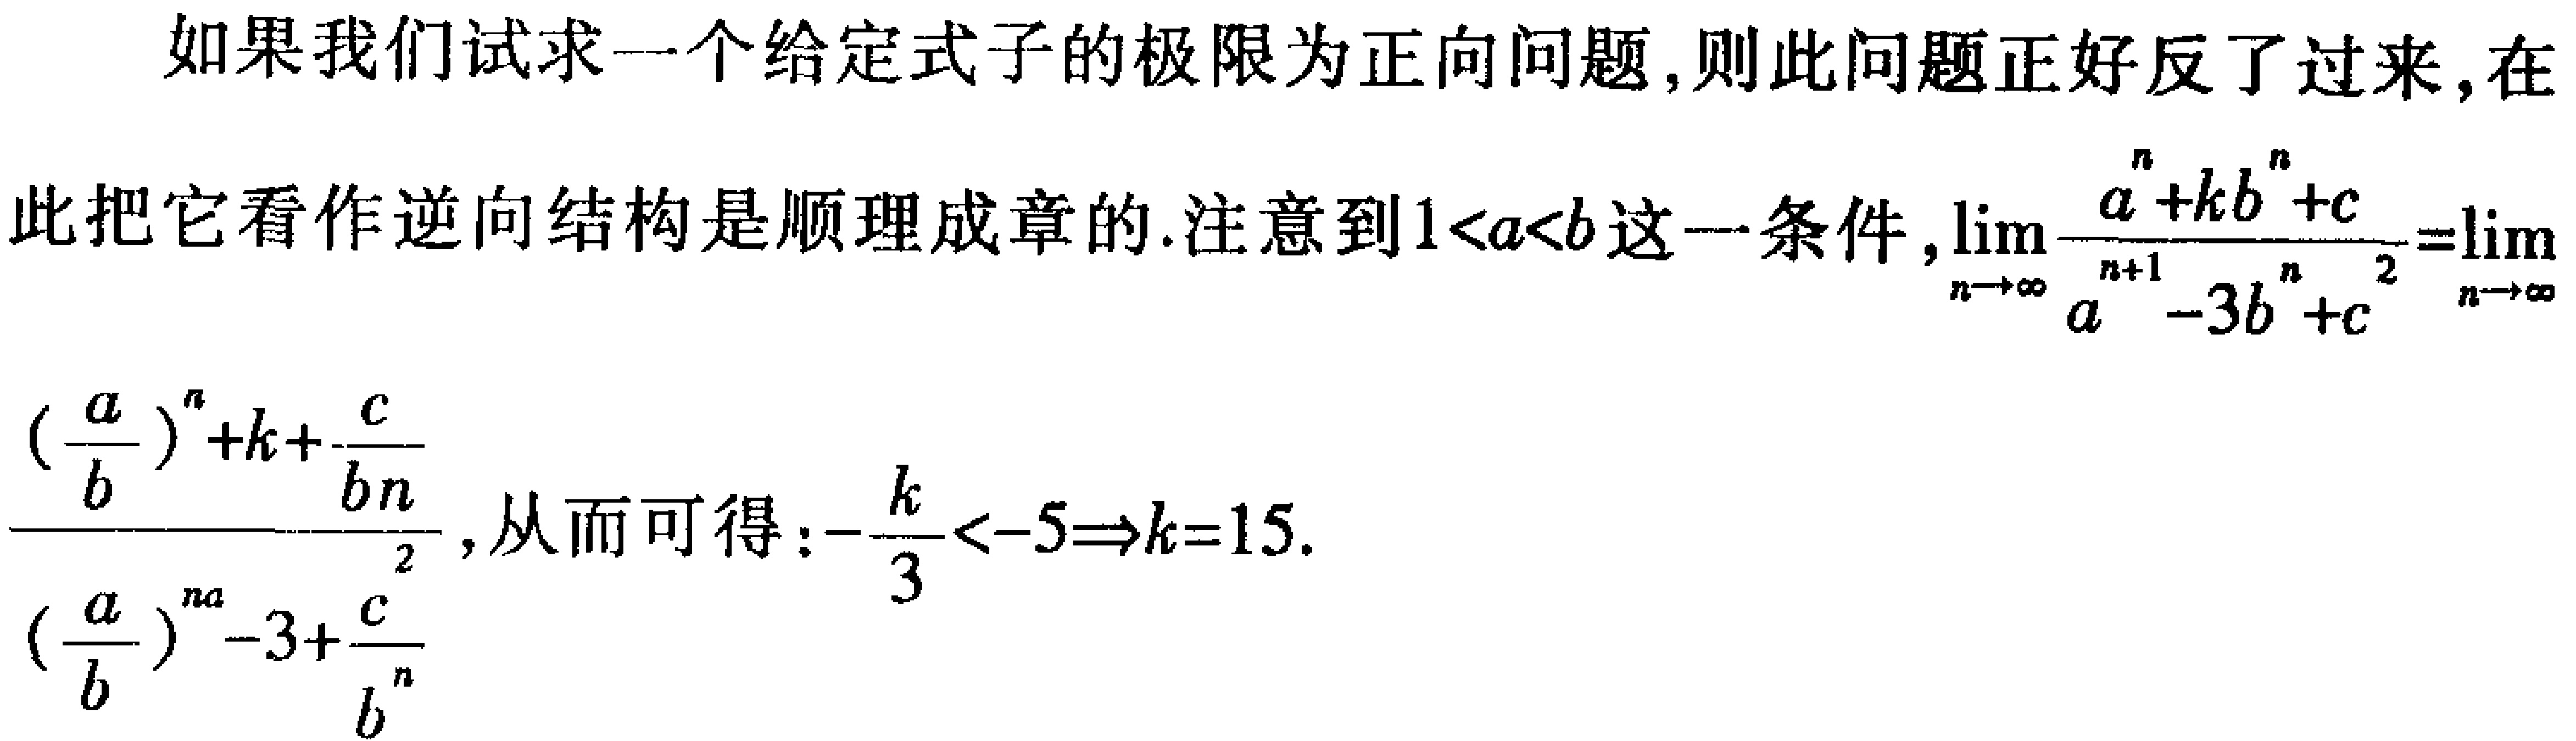
如果我们试求一个给定式子的极限为正向问题,则此问题正好反了过来,在此把它看作逆向结构是顺理成章的.注意到\(1 < a < b\)这一条件,\(\lim_{n \to \infty} \frac{a^{n}+k b^{n}+c}{a^{n + 1}-3b^{n}+c^{2}}=\lim_{n \to \infty}\frac{(\frac{a}{b})^{n}+k+\frac{c}{b^{n}}}{(\frac{a}{b})^{n}-3+\frac{c}{b^{n}}}\), 从而可得:\(-\frac{k}{3} < - 5\Rightarrow k = 15\).